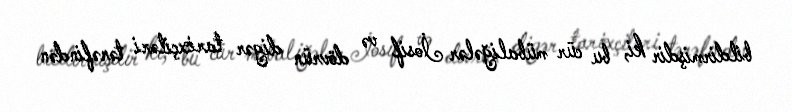
bildirmişdir ki, bu cür mübaliğələr İosif və dövrün digər tarixçiləri tərəfindən